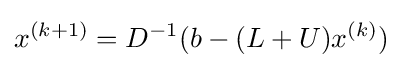
x^{(k+1)}=D^{-1}(b-(L+U)x^{(k)})